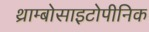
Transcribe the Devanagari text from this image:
थ्राम्बोसाइटोपीनिक